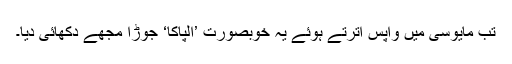
تب مایوسی میں واپس اترتے ہوئے یہ خوبصورت ’الپاکا‘ جوڑا مجھے دکھائی دیا۔